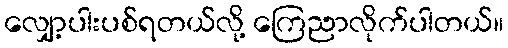
လျှော့ပါးပစ်ရတယ်လို့ ကြေညာလိုက်ပါတယ်။